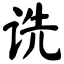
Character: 诜